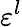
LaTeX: \varepsilon^{l}